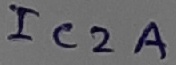
Text: IC2A